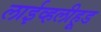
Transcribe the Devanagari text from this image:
लाईव्हलीहूड